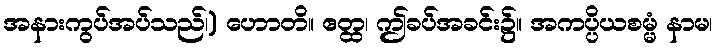
အနားကွပ်အပ်သည်၊) ဟောတိ။ ဧတ္ထ၊ ဤခပ်အခင်း၌။ အကပ္ပိယစမ္မံ နာမ၊